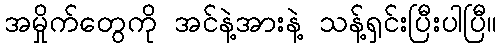
အမှိုက်တွေကို အင်နဲ့အားနဲ့ သန့်ရှင်းပြီးပါပြီ။